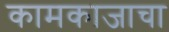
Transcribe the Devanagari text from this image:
कामकाजाचा